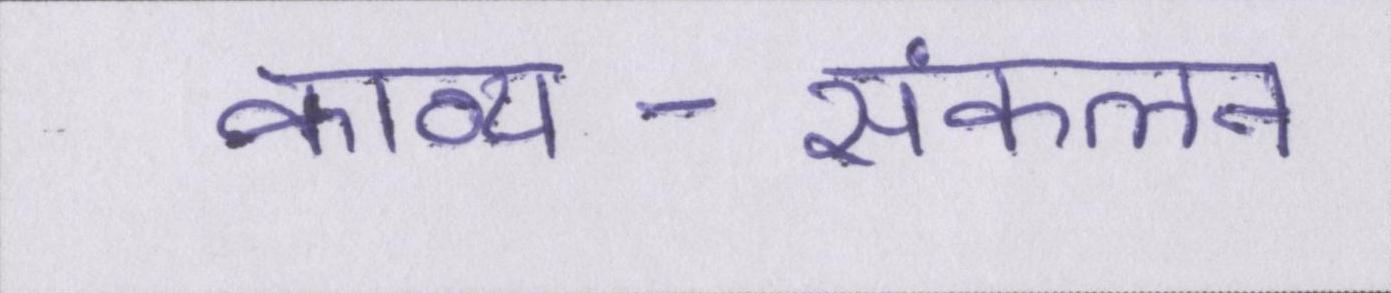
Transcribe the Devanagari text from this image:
काव्य-संकलन